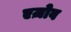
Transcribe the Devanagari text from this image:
एज़ोव